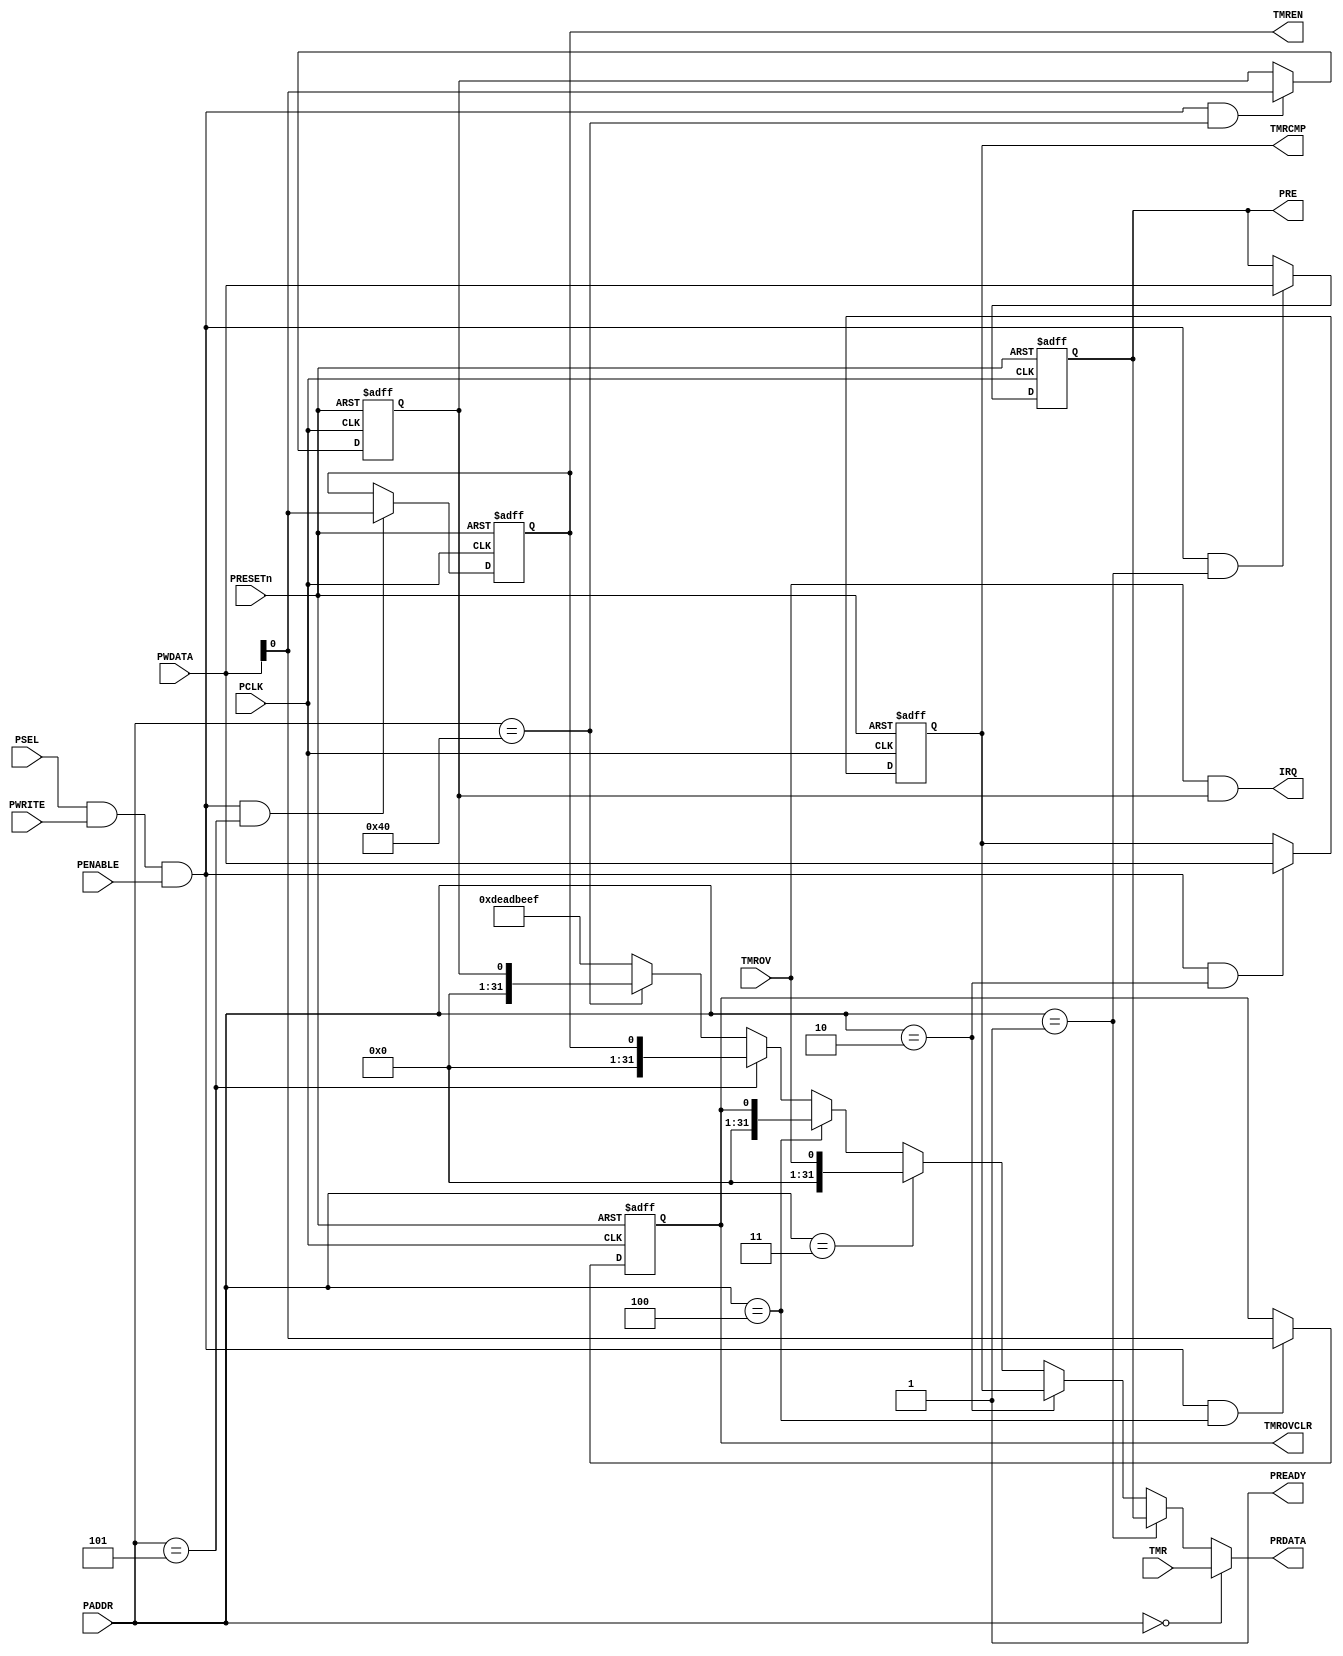
/*
        APB Wrapper for TIMER32 macro 
        Automatically generated from a JSON description by Mohamed Shalan
        Generated at 2020-11-26 12:31:7 
*/

`timescale 1ns/1ns
   
module APB_TIMER32 (
	// APB Interface
	// clock and reset 
	input  wire        PCLK,    
	//input  wire        PCLKG,   // Gated clock
	input  wire        PRESETn, // Reset

	// input ports
	input  wire        PSEL,    // Select
	input  wire [19:2] PADDR,   // Address
	input  wire        PENABLE, // Transfer control
	input  wire        PWRITE,  // Write control
	input  wire [31:0] PWDATA,  // Write data

	// output ports
	output wire [31:0] PRDATA,  // Read data
	output wire        PREADY,
	// Device ready

	// IP Interface
	output wire		IRQ,

	// TMR register/fields
	input wire [31:0] TMR,


	// PRE register/fields
	output reg [31:0] PRE,


	// TMRCMP register/fields
	output reg [31:0] TMRCMP,


	// TMROV register/fields
	input wire [0:0] TMROV,


	// TMROVCLR register/fields
	output reg [0:0] TMROVCLR,


	// TMREN register/fields
	output reg [0:0] TMREN

);
	wire rd_enable;
	wire wr_enable;
	assign  rd_enable = PSEL & (~PWRITE); 
	assign  wr_enable = PSEL & PWRITE & (PENABLE); 
	assign  PREADY = 1'b1;
    
	// Register: PRE
	wire PRE_select = wr_enable & (PADDR[19:2] == 18'h1);

    always @(posedge PCLK or negedge PRESETn)
    begin
        if (~PRESETn)
            PRE <= 32'h0;
        else if (PRE_select)
            PRE <= PWDATA;
    end
    
	// Register: TMRCMP
	wire TMRCMP_select = wr_enable & (PADDR[19:2] == 18'h2);

    always @(posedge PCLK or negedge PRESETn)
    begin
        if (~PRESETn)
            TMRCMP <= 32'h0;
        else if (TMRCMP_select)
            TMRCMP <= PWDATA;
    end
    
	// Register: TMROVCLR
	wire TMROVCLR_select = wr_enable & (PADDR[19:2] == 18'h4);

    always @(posedge PCLK or negedge PRESETn)
    begin
        if (~PRESETn)
            TMROVCLR <= 1'h0;
        else if (TMROVCLR_select)
            TMROVCLR <= PWDATA;
    end
    
	// Register: TMREN
	wire TMREN_select = wr_enable & (PADDR[19:2] == 18'h5);

    always @(posedge PCLK or negedge PRESETn)
    begin
        if (~PRESETn)
            TMREN <= 1'h0;
        else if (TMREN_select)
            TMREN <= PWDATA;
    end
    

	// IRQ Enable Register @ offset 0x100
	reg[0:0] IRQEN;
	wire IRQEN_select = wr_enable & (PADDR[19:2] == 18'h40);

    always @(posedge PCLK or negedge PRESETn)
    begin
        if (~PRESETn)
            IRQEN <= 1'h0;
        else if (IRQEN_select)
            IRQEN <= PWDATA;
    end
    
	assign IRQ = ( TMROV & IRQEN[0] ) ;

	assign PRDATA = 
		(PADDR[19:2] == 18'h0) ? TMR : 
		(PADDR[19:2] == 18'h1) ? PRE : 
		(PADDR[19:2] == 18'h2) ? TMRCMP : 
		(PADDR[19:2] == 18'h3) ? {31'd0,TMROV} : 
		(PADDR[19:2] == 18'h4) ? {31'd0,TMROVCLR} : 
		(PADDR[19:2] == 18'h5) ? {31'd0,TMREN} : 
		(PADDR[19:2] == 18'h40) ? {31'd0,IRQEN} : 
		32'hDEADBEEF;

endmodule